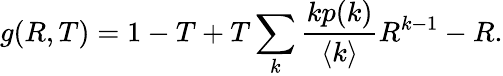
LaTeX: g(R,T)=1-T+T\sum_{k}\frac{kp(k)}{\langle k\rangle}R^{k-1}-R.